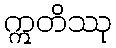
ဣတိဿု